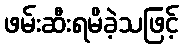
ဖမ်းဆီးရမိခဲ့သဖြင့်